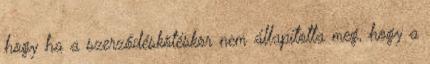
hogy ha a szerződéskötéskor nem állapította meg, hogy a